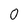
Character: 0